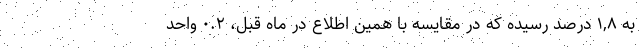
به ١,٨ درصد رسیده که در مقایسه با همین اطلاع در ماه قبل، ٠.٢ واحد